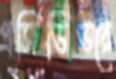
প্রসিডিউরে